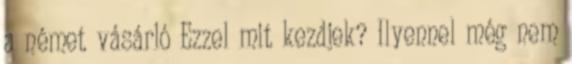
a német vásárló Ezzel mit kezdjek? Ilyennel még nem